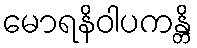
မောရနိဝါပကန္တိ